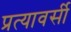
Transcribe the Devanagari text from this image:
प्रत्यावर्सी